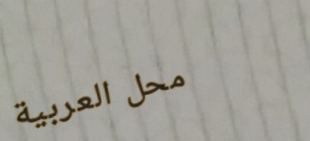
محل العربية